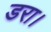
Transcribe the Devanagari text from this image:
डरा।